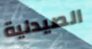
الصيدلية